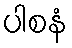
ပါစနံ